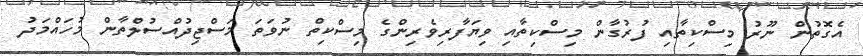
އެގޮތުން ނޫރު މިސްކިތާއި ފުރުގާން މިސްކިތާއި ވިޔަފާރިވެރިންގެ މިސްކިތް ނުވަތަ މަސްޖިދުއްސުލްތާން މުހައްމަދު